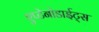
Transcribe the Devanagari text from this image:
एप्टेनोडाईट्स